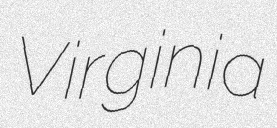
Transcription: Virginia